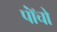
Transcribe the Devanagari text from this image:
पाॅंचो